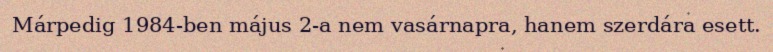
Márpedig 1984-ben május 2-a nem vasárnapra, hanem szerdára esett.